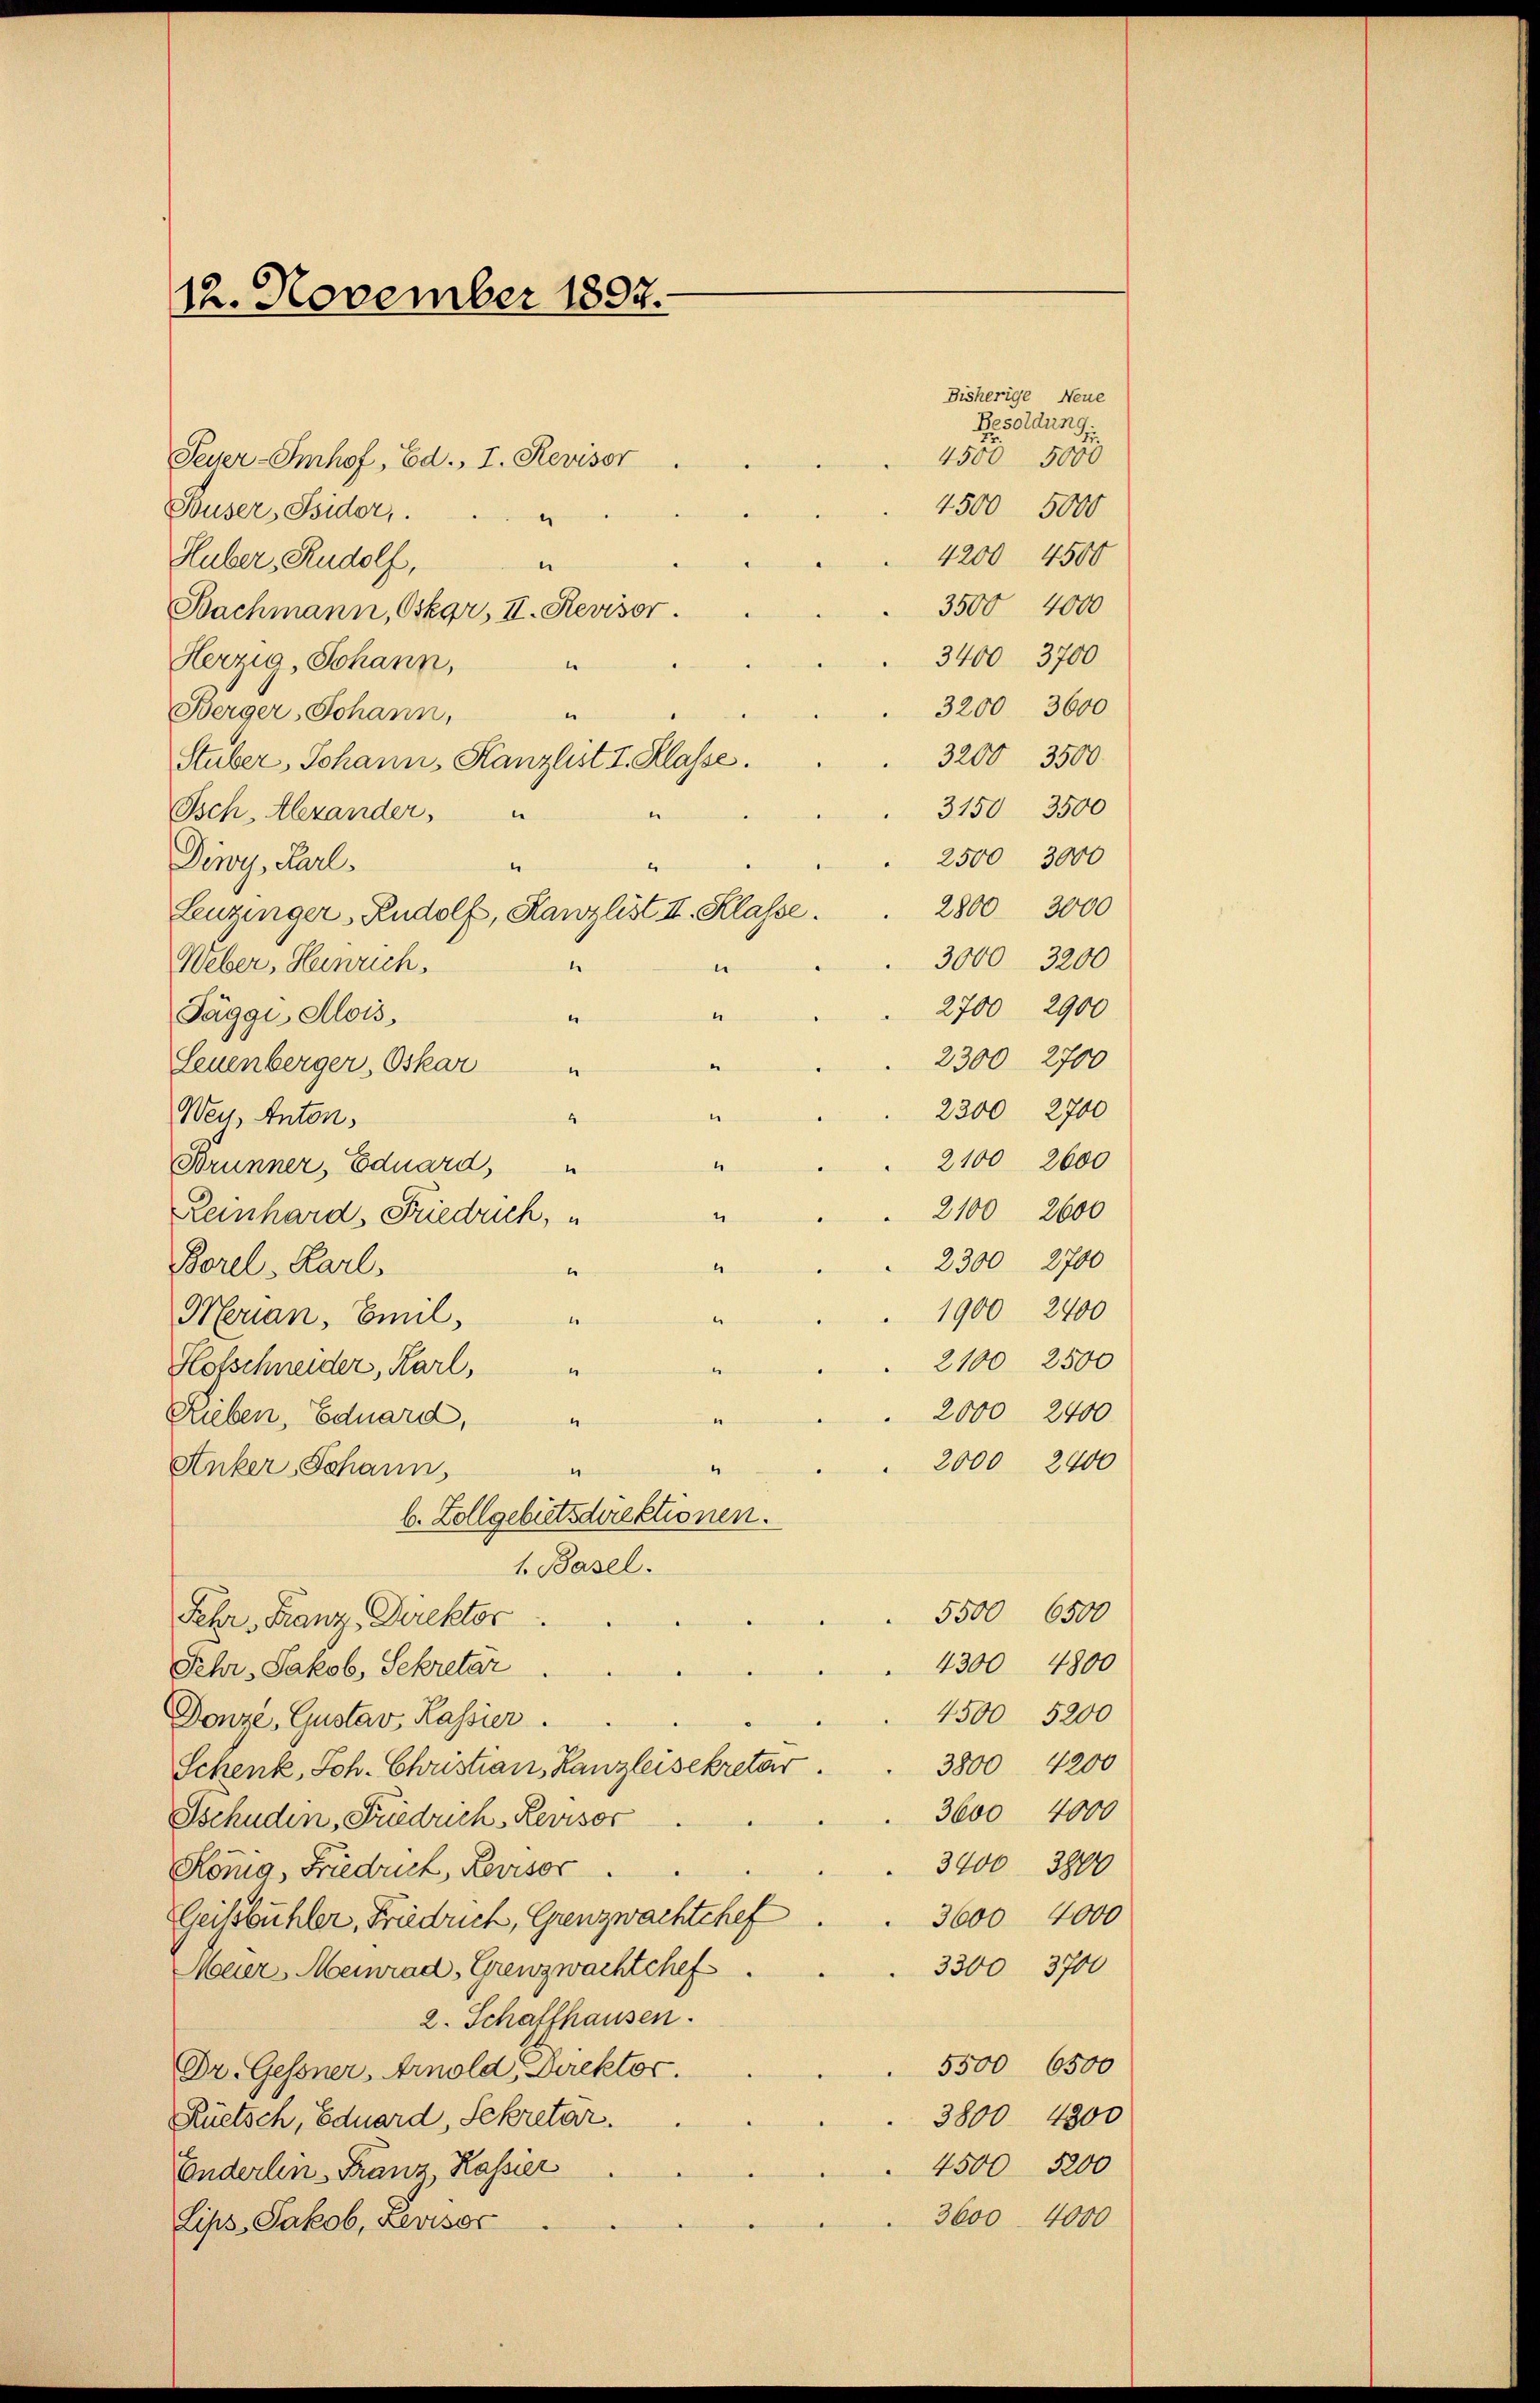
12. November 1897.

Feuer-Imhof, Ed., I. Revisor
4500 5000
Buser, Sider,
.
4200 4500
Huber, Rudolf,
e
3500 4000
Bachmann, Oskar, II. Revisor.
3400 3700
Herzig, Johann,
.
3200 3600
Berger Johann,
3200 3500
Stuber, Johann, Kanzlist I. Klasse.
3150 3500
Isch, Alexander,
e
e
2500 3000
Dewy, Karl.
1
2800 3000
Leuzinger, Rudolf, Kanzlist II. Klasse.
1
Weber, Heinrich.
e
Jäggi, Alois,
.
Leuenberger, Oskar
2300 2700
Wey, Anton,
4
Brunner, Eduard,
“
1
Reinhard, Friedrich, u
4
Borel, Karl,
.
1900 2400
Meran, Emil,
1
Hofschneider, Karl,
e
Rieben, Eduard,
“
Anker Johann
“
“
b. Zollgebütsdirektionen.
1. Basel.
5500 6500
Fehr Franz Direktor
4300 4800
Sehr Jakob, Sekretar
4500 5200
Donze, Gustav Kassier.
3800 4200
Schenk, Joh. Christian, Kanzleisekretär
3600 4000
Tschuden, Friedrich, Revisor
3400 3800
König Friedruck, Revisor
3600 4000
Geistbuhler, Friedrich, Grenzwachtchef
3300 3700
Meuer Meinrad, Grenzwachtchef
2. Schaffhausen.
5500 6500
Dr. Gessner, Arnold, Direktor.
3800 4300
Rüetsch, Eduard, Sekretar.
4500 5200
Enderlin - Franz, Kassier
3600. 4000
Lips, Jakob, Revisor

Bisherige Neue
Besoldung
4500 5000

3000 3200
2700 2900
2300 2700
2100 2600
2100 2600
2300 2700
2100 2500
2000 2400
2000 2400